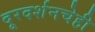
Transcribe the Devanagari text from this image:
दूरदर्शनचेही